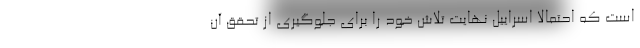
است که احتمالاً اسراییل نهایت تلاش خود را برای جلوگیری از تحقق آن